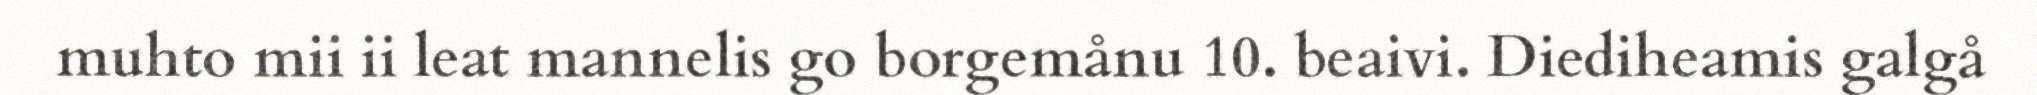
muhto mii ii leat mannelis go borgemånu 10. beaivi. Diediheamis galgå